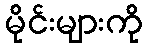
မိုင်းများကို